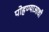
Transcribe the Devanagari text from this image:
पोहण्याआधी